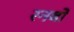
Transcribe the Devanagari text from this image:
रनबो